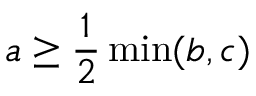
a \ge \frac 1 2 \operatorname* { m i n } ( b , c )